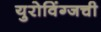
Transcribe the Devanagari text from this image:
युरोविंग्जची